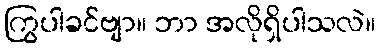
ကြွပါခင်ဗျာ။ ဘာ အလိုရှိပါသလဲ။